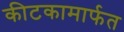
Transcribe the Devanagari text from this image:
कीटकामार्फत